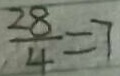
\frac { 2 8 } { 4 } = 7